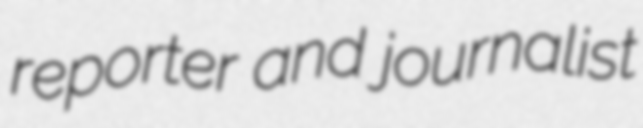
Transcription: reporter and journalist